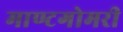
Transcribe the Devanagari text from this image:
माण्टगोमरी